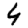
Digit: 4